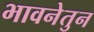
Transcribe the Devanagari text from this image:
भावनेतुन